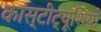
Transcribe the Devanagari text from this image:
कांस्टीट्यूशियो